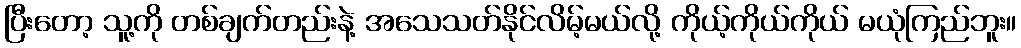
ပြီးတော့ သူ့ကို တစ်ချက်တည်းနဲ့ အသေသတ်နိုင်လိမ့်မယ်လို့ ကိုယ့်ကိုယ်ကိုယ် မယုံကြည်ဘူး။